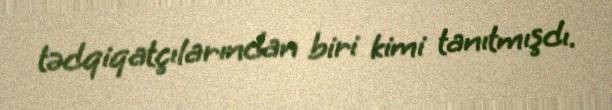
tədqiqatçılarından biri kimi tanıtmışdı.